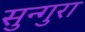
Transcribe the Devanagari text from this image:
सुन्गुरा